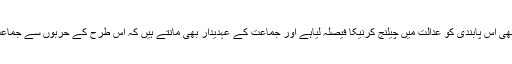
خود جماعت اسلامی نے بھی اس پابندی کو عدالت میں چیلنج کرنیکا فیصلہ لیاہے اور جماعت کے عہدیدار بھی مانتے ہیں کہ اس طرح کے حربوں سے جماعت کو ختم نہیں کیاجاسکتا۔